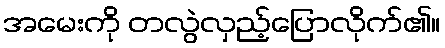
အမေးကို တလွဲလှည့်ပြောလိုက်၏။